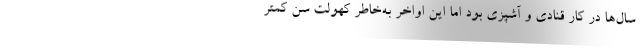
سال‌ها در کار قنادی و آشپزی بود اما این اواخر به‌خاطر کهولت سن کمتر